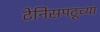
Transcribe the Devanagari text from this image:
टेनिसपटूंच्या